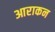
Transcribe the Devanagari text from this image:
आराकन